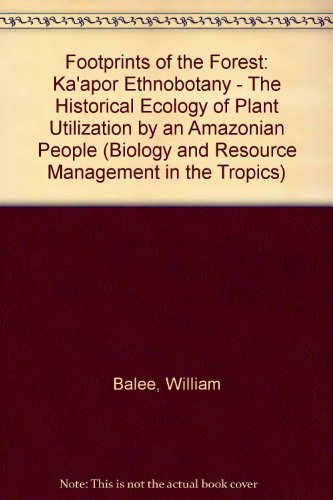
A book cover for Footprints of the Forest: Ka'Apor Ethnobotany- The Historical Ecology of Plant Utilization by an Amazonian People (Biology and Resource Management I); William Balee; Crafts, Hobbies & Home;